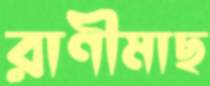
রাণীমাছ